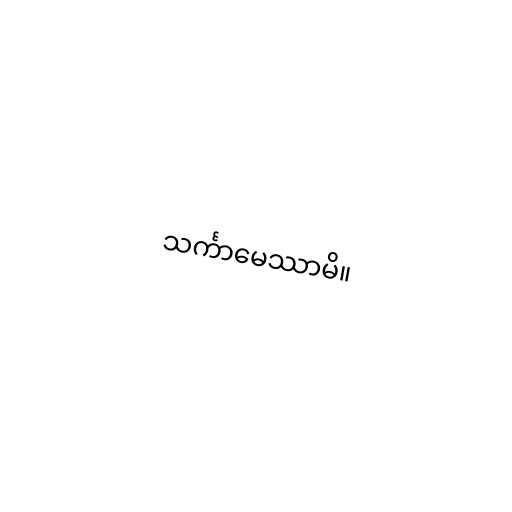
သင်္ကာမေဿာမိ။